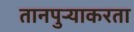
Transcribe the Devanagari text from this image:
तानपुऱ्याकरता